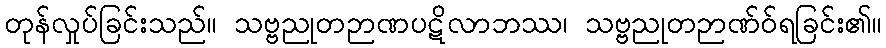
တုန်လှုပ်ခြင်းသည်။ သဗ္ဗညုတဉာဏပဋိလာဘဿ၊ သဗ္ဗညုတဉာဏ်ဝ်ရခြင်း၏။